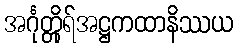
အင်္ဂုတ္တိုရ်အဋ္ဌကထာနိဿယ